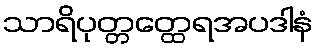
သာရိပုတ္တတ္ထေရအပဒါနံ